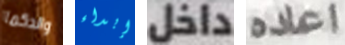
والدكما إبداء داخل اعاده